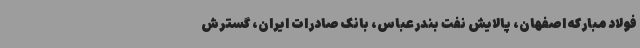
فولاد مبارکه اصفهان، پالایش نفت بندرعباس، بانک صادرات ایران، گسترش